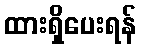
ထားရှိပေးရန်